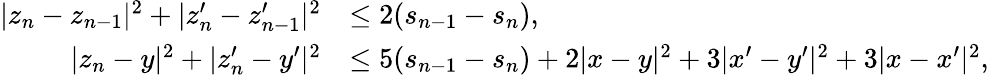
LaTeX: \begin{array}{rl}{|z_{n}-z_{n-1}|^{2}+|z_{n}^{\prime}-z_{n-1}^{\prime}|^{2}}&{\le 2(s_{n-1}-s_{n}),}\\ {|z_{n}-y|^{2}+|z_{n}^{\prime}-y^{\prime}|^{2}}&{\le 5(s_{n-1}-s_{n})+2|x-y|^{2}+3|x^{\prime}-y^{\prime}|^{2}+3|x-x^{\prime}|^{2},}\end{array}